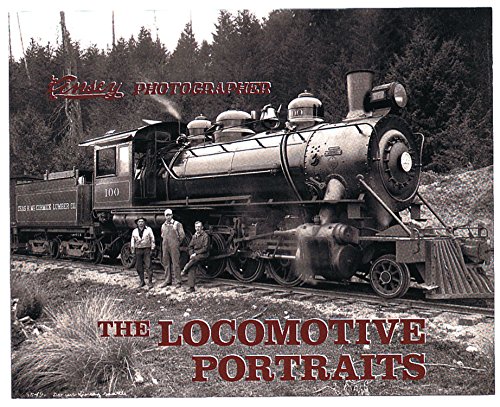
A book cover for Kinsey Photographer: The Locomotive Portraits; Arts & Photography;